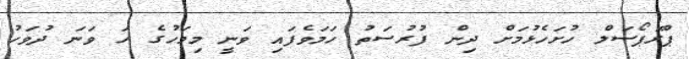
ޕްރޮޕޯސަލް ހުށަހެޅުމަށް ދިން ފުރުސަތު ހަމަވެފައި ވަނީ މިމަހުގެ ހަ ވަނަ ދުވަހު